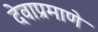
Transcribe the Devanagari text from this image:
देवाप्रमाणे